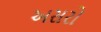
અસરો